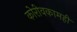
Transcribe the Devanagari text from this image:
कोरीवकामही